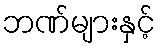
ဘဏ်များနှင့်